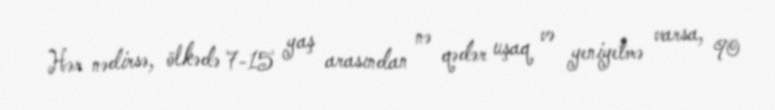
Hər nədirsə, ölkədə 7-15 yaş arasından nə qədər uşaq və yeniyetmə varsa, 90